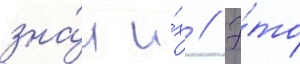
зна́л и́х // Э́то